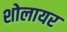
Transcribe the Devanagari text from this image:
शोलायर